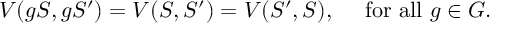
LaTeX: V ( g S , g S ^ { \prime } ) = V ( S , S ^ { \prime } ) = V ( S ^ { \prime } , S ) , ~ ~ ~ ~ \mathrm { f o r ~ a l l } ~ g \in G .